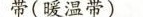
带(暖温带)